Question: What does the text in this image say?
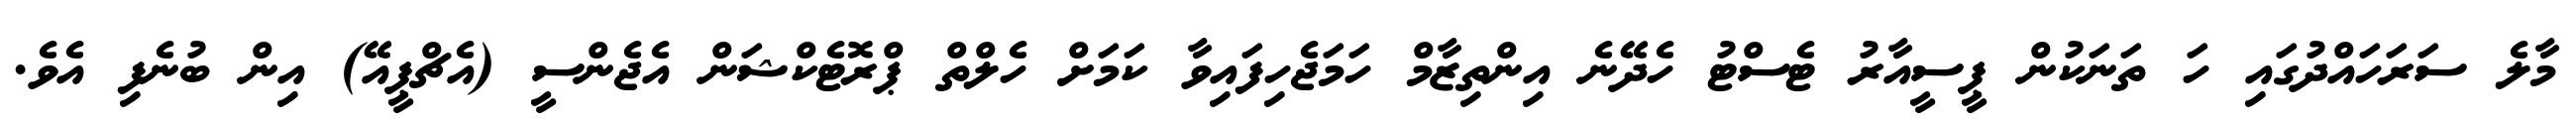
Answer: މާލެ ސަރަހައްދުގައި ހަ ތަނަކުން ޕީސީއާރު ޓެސްޓު ހެދޭނެ އިންތިޒާމް ހަމަޖެހިފައިވާ ކަމަށް ހެލްތް ޕްރޮޓެކްޝަން އެޖެންސީ (އެޗްޕީއޭ) އިން ބުނެފި އެވެ.